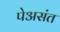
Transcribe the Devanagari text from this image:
पेअसंत